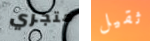
متجري ثقيل